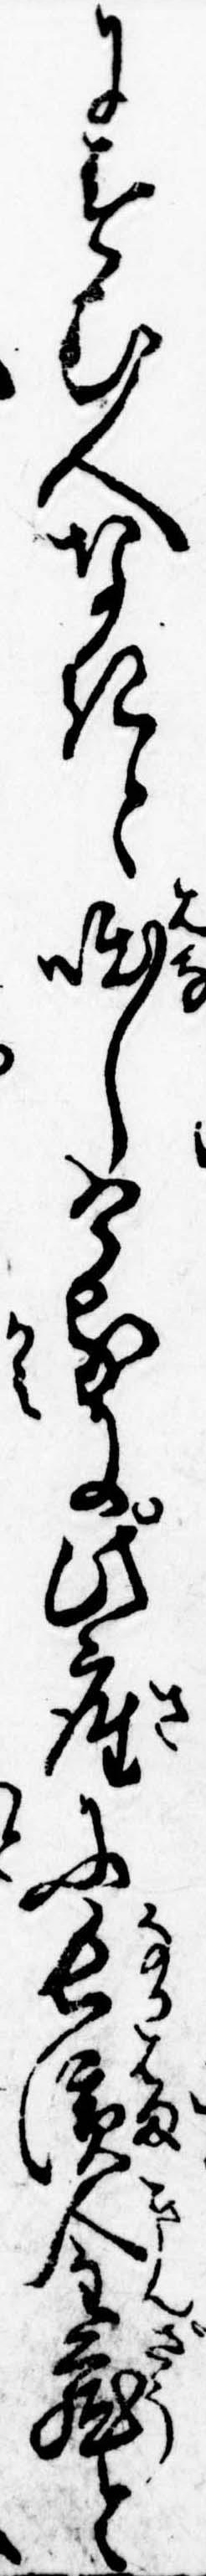
にすむ人なきと咄しけるに此座に長浜金蔵と